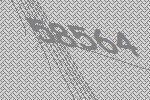
58564